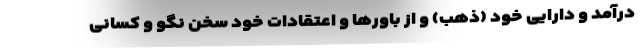
درآمد و دارایی خود (ذهب) و از باورها و اعتقادات خود سخن نگو و کسانی